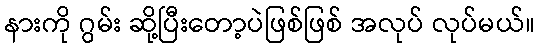
နားကို ဂွမ်း ဆို့ပြီးတော့ပဲဖြစ်ဖြစ် အလုပ် လုပ်မယ်။